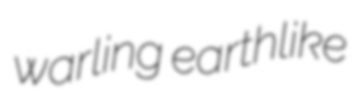
warling earthlike